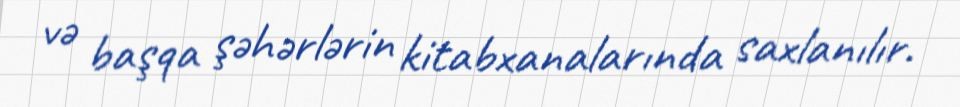
və başqa şəhərlərin kitabxanalarında saxlanılır.